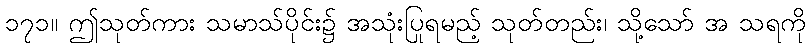
၁၇၁။ ဤသုတ်ကား သမာသ်ပိုင်း၌ အသုံးပြုရမည့် သုတ်တည်း၊ သို့သော် အ သရကို